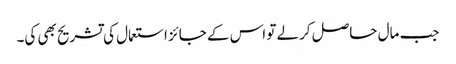
جب مال حاصل کرلے تو اس کے جائز استعمال کی تشریح بھی کی۔